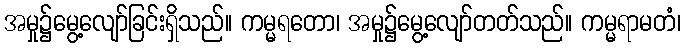
အမှု၌မွေ့လျော်ခြင်းရှိသည်။ ကမ္မရတော၊ အမှု၌မွေ့လျော်တတ်သည်။ ကမ္မရာမတံ၊